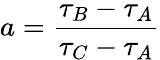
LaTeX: a=\frac{\tau_{B}-\tau_{A}}{\tau_{C}-\tau_{A}}